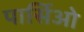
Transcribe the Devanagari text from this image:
पार्सिओ